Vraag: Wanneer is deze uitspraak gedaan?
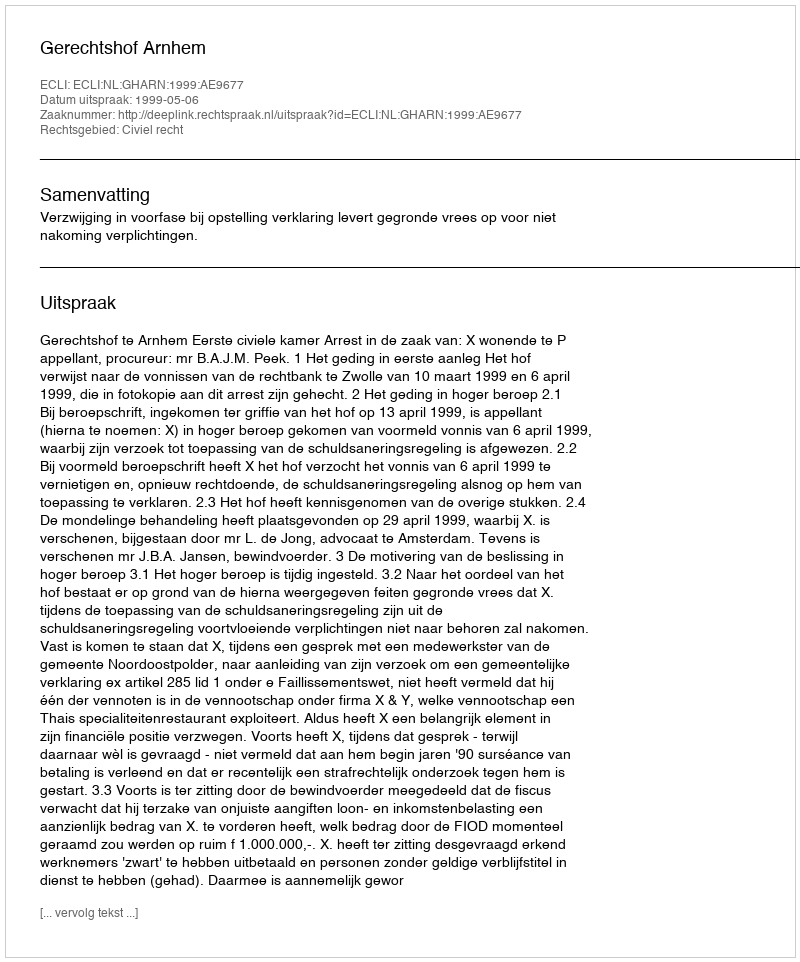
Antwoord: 1999-05-06